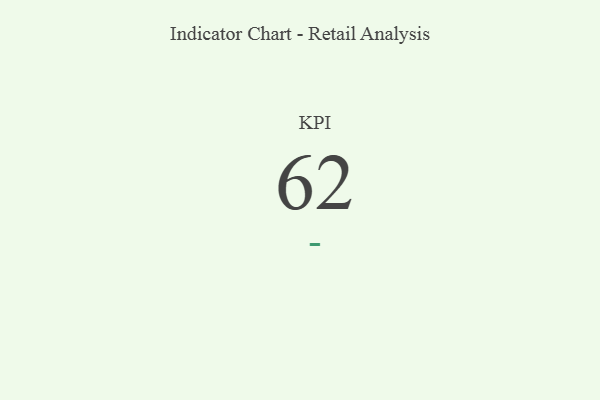
{"axis": {"x": "KPI", "y": "Value"}, "legend": [""], "data": [{"x": "KPI", "y": 62, "type": ""}]}